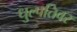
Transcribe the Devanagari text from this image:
धुल्पतिवर